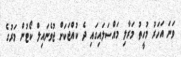
ވަނަ އަހަރު މުހީތު މަރާލި މައްސަލައިގައި ދެ ކުއްޖަކަށް ޖުވެނައިލް ކޯޓުން މަރުގެ